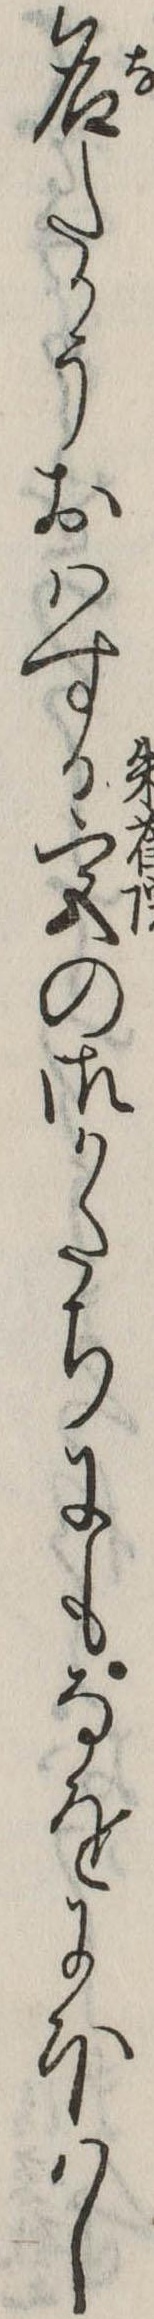
名たかうおはする宮の御かたちにもなをにほはし